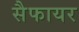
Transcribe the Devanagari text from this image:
सैफायर